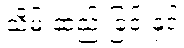
သိမ်းဆည်းခြင်းနှင့်